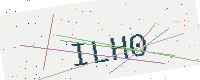
Text: ILH0